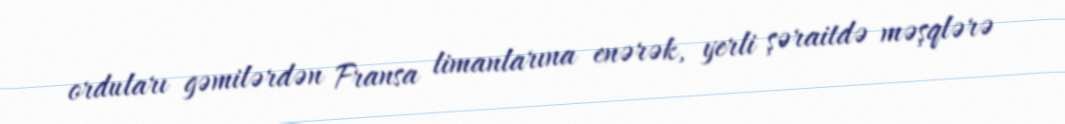
orduları gəmilərdən Fransa limanlarına enərək, yerli şəraitdə məşqlərə